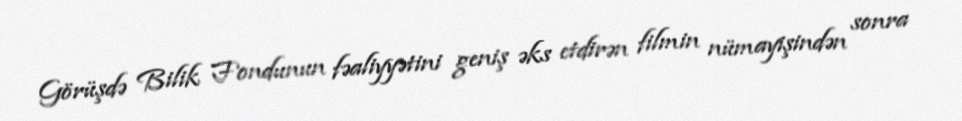
Görüşdə Bilik Fondunun fəaliyyətini geniş əks etdirən filmin nümayişindən sonra